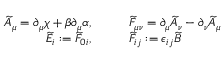
\begin{array} { r l } { \widetilde { A } _ { \mu } = \partial _ { \mu } \chi + \beta \partial _ { \mu } \alpha , } & { \qquad \widetilde { F } _ { \mu \nu } = \partial _ { \mu } \widetilde { A } _ { \nu } - \partial _ { \nu } \widetilde { A } _ { \mu } } \\ { \widetilde { E } _ { i } : = \widetilde { F } _ { 0 i } , } & { \qquad \widetilde { F } _ { i j } : = \epsilon _ { i j } \widetilde { B } } \end{array}